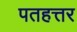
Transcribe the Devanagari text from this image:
पतहत्तर